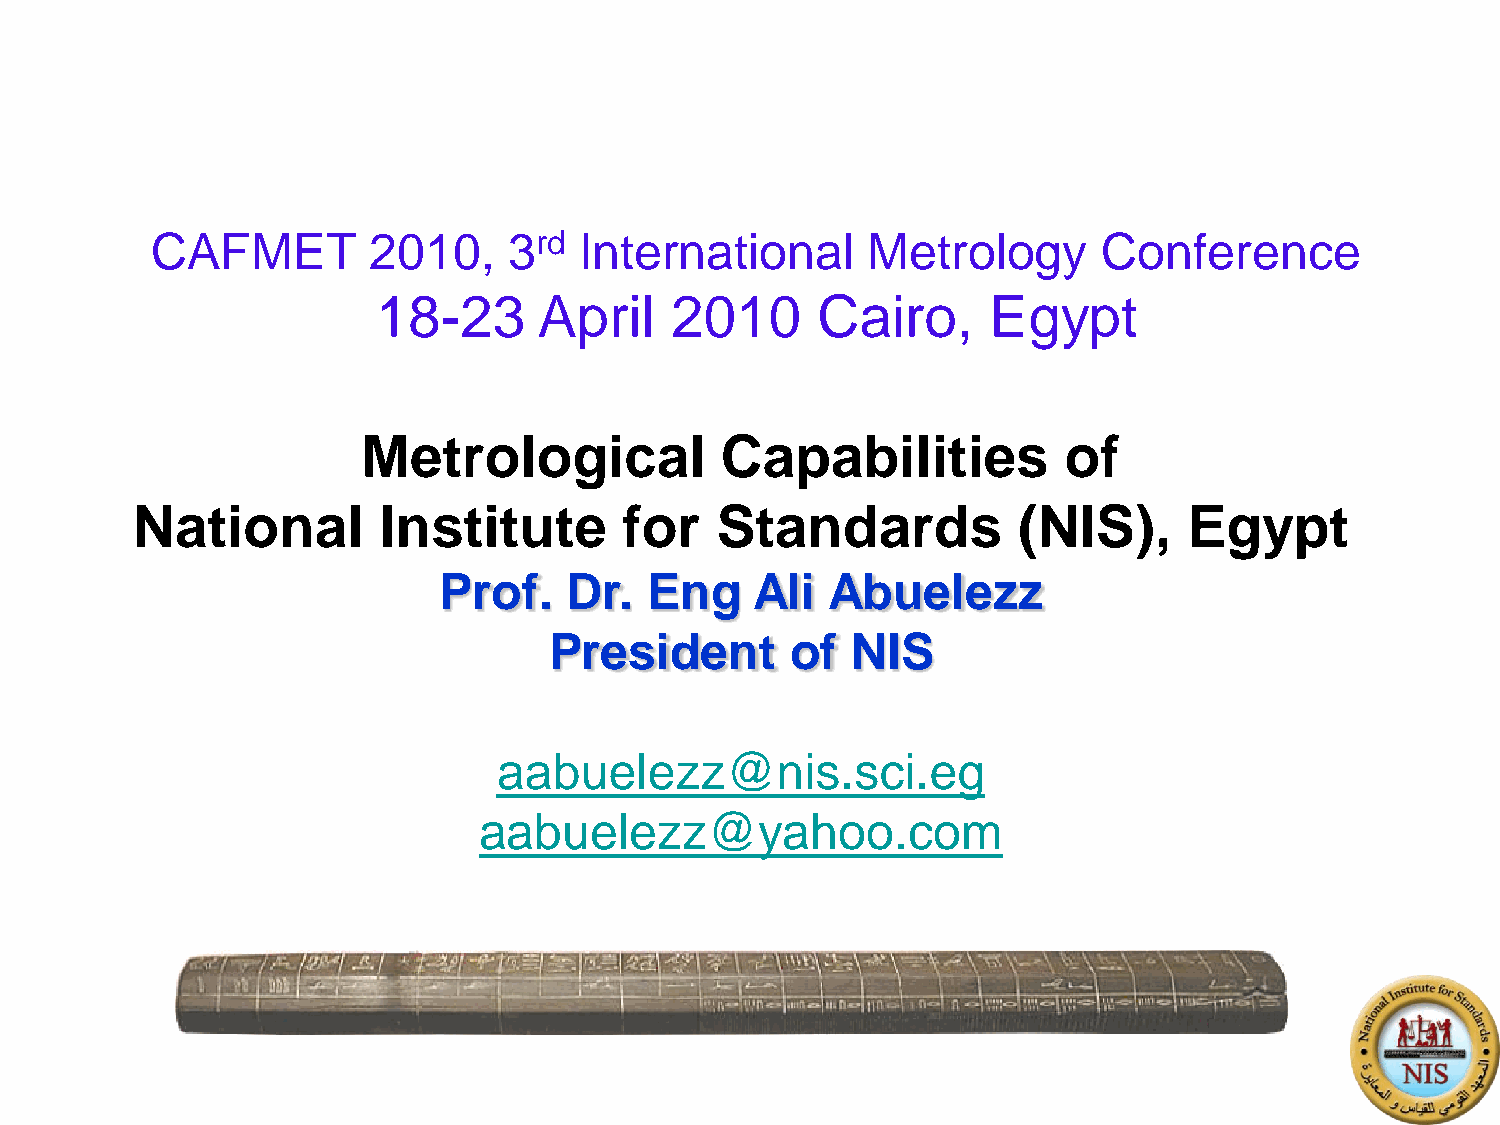
CAFMET        2010,     3rd International      Metrology       Conference
 18-23      April   2010      Cairo,      Egypt
 Metrological            Capabilities          of
 National        Institute       for   Standards           (NIS),      Egypt
 Prof.   Dr.   Eng    Ali  Abuelezz
 President       of  NIS
 aabuelezz@nis.sci.eg
 aabuelezz@yahoo.com